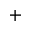
^ { + }